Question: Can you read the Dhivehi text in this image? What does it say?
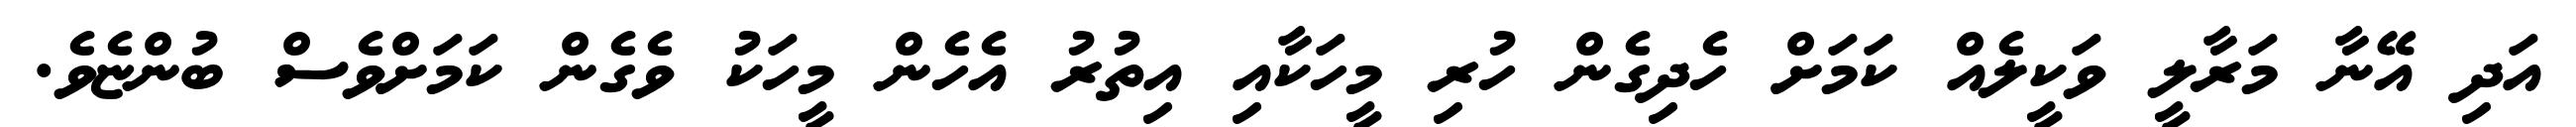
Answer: އަދި އޭނާ މަރާލީ ވަކީލެއް ކަމަށް ހެދިގެން ހުރި މީހަކާއި އިތުރު އެހެން މީހަކު ވެގެން ކަމަށްވެސް ބުންޏެވެ.